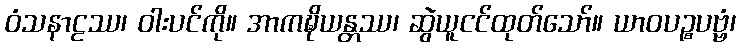
ဝံသနာဠဿ၊ ဝါးပင်ကို။ အာကဍ္ဎိယန္တဿ၊ ဆွဲယူငင်ထုတ်သော်။ ယာဝပဉ္စပဗ္ဗံ၊